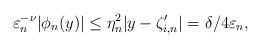
LaTeX: \begin{align*}\varepsilon_n^{-\nu}\vert \phi_n(y)\vert\leq \eta_n^2 \vert y-\zeta_{i,n}^\prime\vert =\delta/4\varepsilon_n,\end{align*}